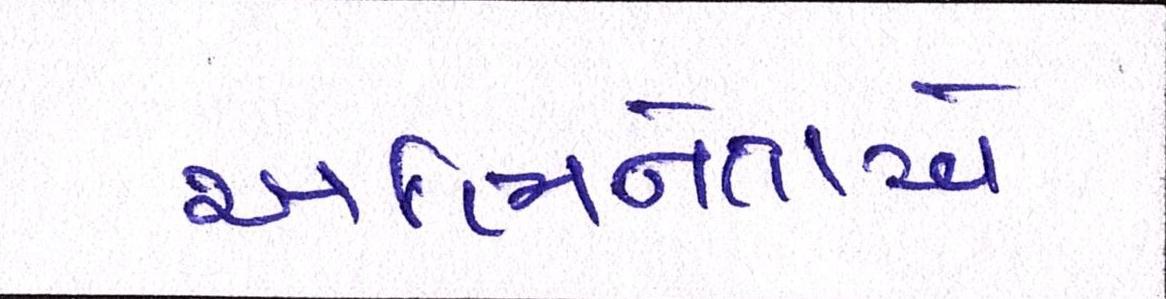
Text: અભિનેતાએ